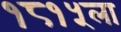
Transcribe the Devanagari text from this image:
१८१५ला